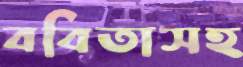
ববিতাসহ